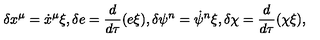
\delta x ^ { \mu } = \dot { x } ^ { \mu } \xi , \delta e = \frac { d } { d \tau } ( e \xi ) , \delta \psi ^ { n } = \dot { \psi } ^ { n } \xi , \delta \chi = \frac { d } { d \tau } ( \chi \xi ) ,